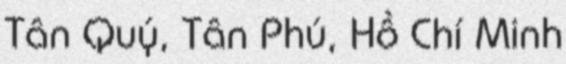
Tân Quý, Tân Phú, Hồ Chí Minh